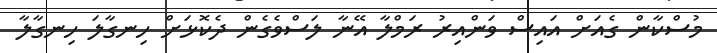
މުސްކާން ގެއަށް އައިސް ވަންއިރު ރަމްލާ އޭނާ ލަސްވެގެން ދެކޮޅަށް ހިނގާލަ ހިނގާލާ